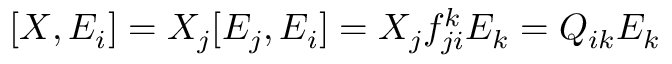
\begin{array} { r } { [ X , E _ { i } ] = X _ { j } [ E _ { j } , E _ { i } ] = X _ { j } f _ { j i } ^ { k } E _ { k } = Q _ { i k } E _ { k } } \end{array}